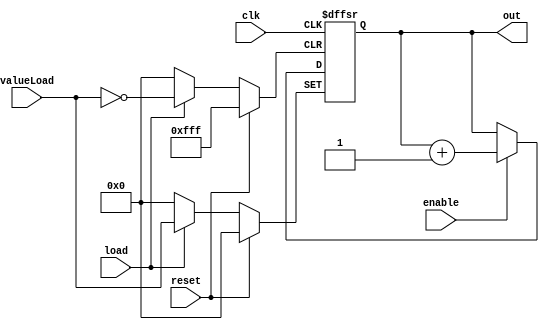
module Contador12b(input wire  load,enable,clk,reset, input wire [11:0]valueLoad, output reg [11:0] out );

    always @ (posedge clk, posedge reset, posedge load) begin
        if (load) out <= valueLoad;
        else begin
            if (reset) out <= 0;
            else if(enable) out <= out + 1;
        end 
    end
endmodule